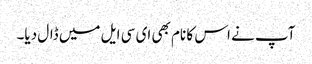
آپ نے اس کا نام بھی ای سی ایل میں ڈال دیا۔